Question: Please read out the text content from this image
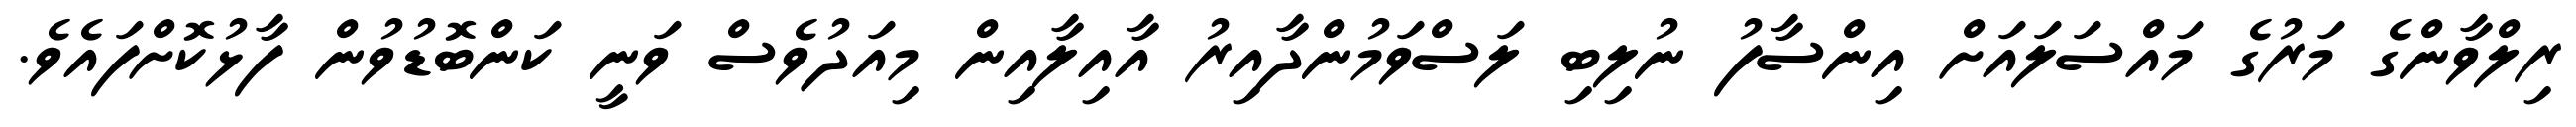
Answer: ރިލްވާންގެ މަރުގެ މައްސަލައަށް އިންސާފު ނުލިބި ލަސްވަމުންދާއިރު އާއިލާއިން މިއަދުވެސް ވަނީ ކަންބޮޑުވުން ފާޅުކޮށްފައެވެ.